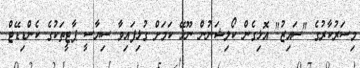
މިސަރުކާރުގެ "ސައިޒު" އޮޅިގެން ކޯލިޝަނުން ނޫޅޭ ކަމަށް ގުޅިފައިވާ ސިޔާސީ ޕާޓީތަކުގެ ކެންޑިޑޭޓް